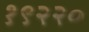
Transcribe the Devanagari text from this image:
१९२२०